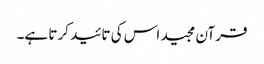
قرآن مجید اس کی تائید کرتا ہے۔